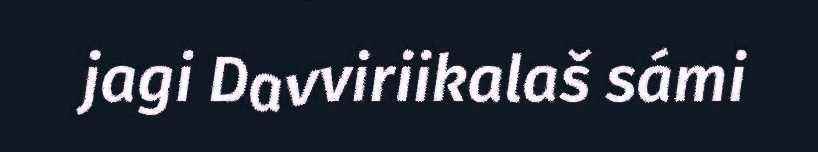
jagi Davviriikalaš sámi